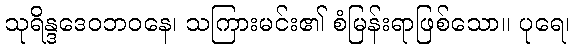
သုရိန္ဒဒေဝဘဝနေ၊ သကြားမင်း၏ စံမြန်းရာဖြစ်သော။ ပုရေ၊